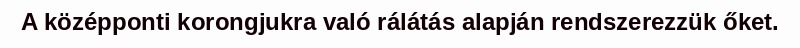
A középponti korongjukra való rálátás alapján rendszerezzük őket.